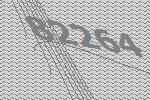
82264